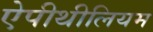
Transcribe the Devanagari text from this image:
ऐपीथीलियम